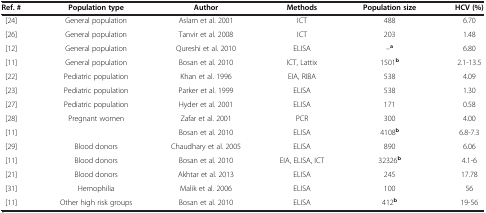
| Ref. # | Population type | Author | Methods | Population size | HCV (%) |
 | --- | --- | --- | --- | --- | --- |
 | [24] | General population | Aslam et al. 2001 | ICT | 488 | 6.70 |
 | [26] | General population | Tanvir et al. 2008 | ICT | 203 | 1.48 |
 | [12] | General population | Qureshi et al. 2010 | ELISA | --a | 6.80 |
 | [11] | General population | Bosan et al. 2010 | ICT, Lattix | 1501b | 2.1-13.5 |
 | [22] | Pediatric population | Khan et al. 1996 | EIA, RIBA | 538 | 4.09 |
 | [23] | Pediatric population | Parker et al. 1999 | ELISA | 538 | 1.30 |
 | [27] | Pediatric population | Hyder et al. 2001 | ELISA | 171 | 0.58 |
 | [28] | Pregnant women | Zafar et al. 2001 | PCR | 300 | 4.00 |
 | [11] |  | Bosan et al. 2010 | ELISA | 4108b | 6.8-7.3 |
 | [29] | Blood donors | Chaudhary et al. 2005 | ELISA | 890 | 6.06 |
 | [11] | Blood donors | Bosan et al. 2010 | EIA, ELISA, ICT | 32326b | 4.1-6 |
 | [21] | Blood donors | Akhtar et al. 2013 | ELISA | 245 | 17.78 |
 | [31] | Hemophilia | Malik et al. 2006 | ELISA | 100 | 56 |
 | [11] | Other high risk groups | Bosan et al. 2010 | ELISA | 412b | 19-56 |